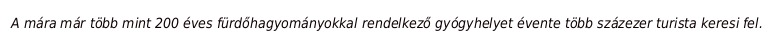
A mára már több mint 200 éves fürdőhagyományokkal rendelkező gyógyhelyet évente több százezer turista keresi fel.